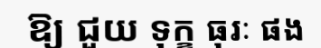
ឱ្យ ជួយ ទុក្ខ ធុរៈ ផង